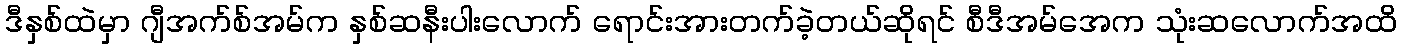
ဒီနှစ်ထဲမှာ ဂျီအက်စ်အမ်က နှစ်ဆနီးပါးလောက် ရောင်းအားတက်ခဲ့တယ်ဆိုရင် စီဒီအမ်အေက သုံးဆလောက်အထိ